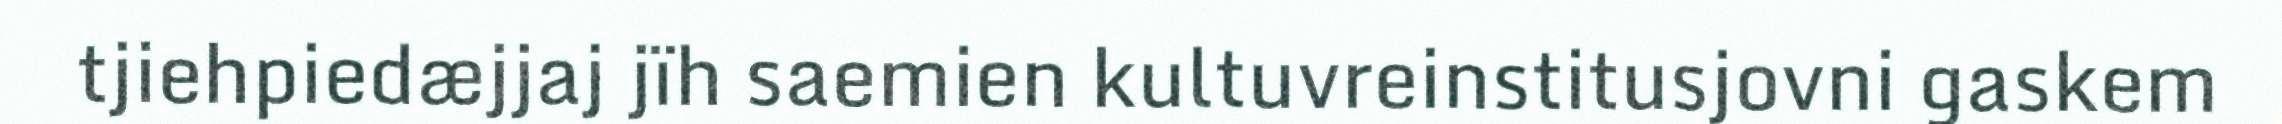
tjiehpiedæjjaj jïh saemien kultuvreinstitusjovni gaskem